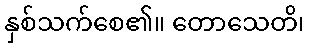
နှစ်သက်စေ၏။ တောသေတိ၊